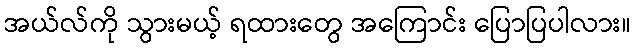
အယ်လ်ကို သွားမယ့် ရထားတွေ အကြောင်း ပြောပြပါလား။